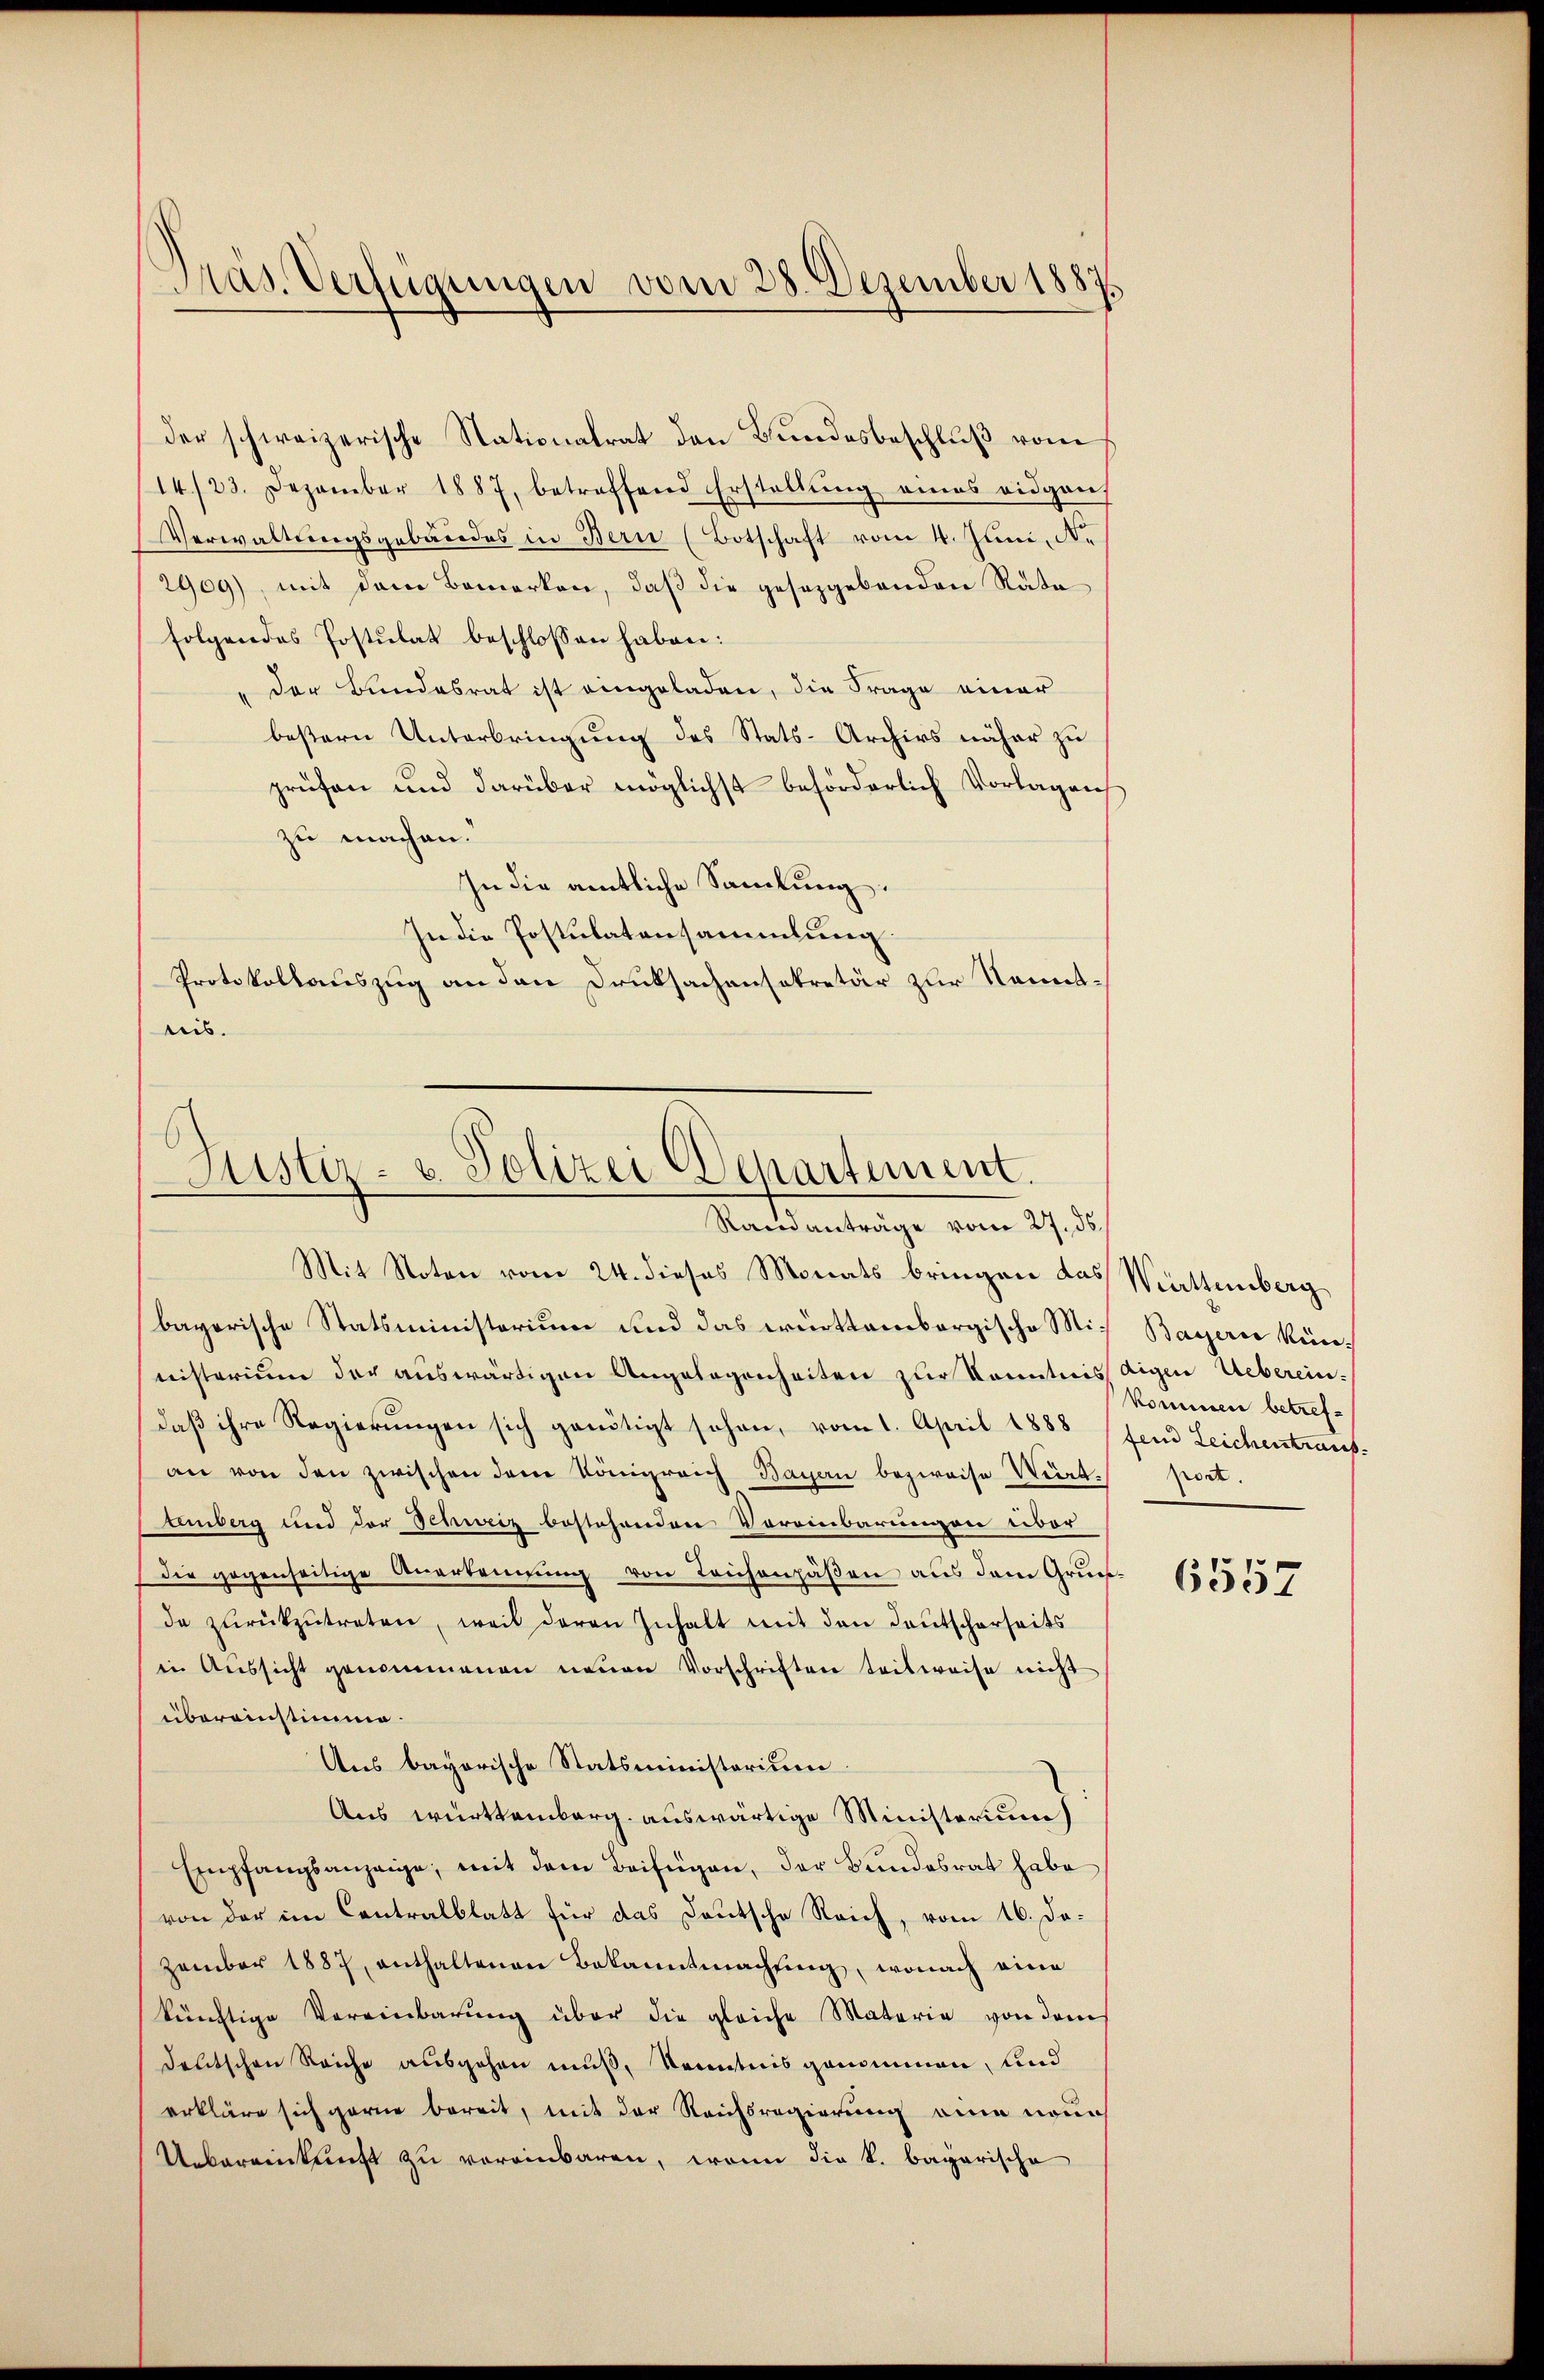
Präs. Verfügungen vom 28. Dezember 1887

der schweizerische Nationalrat den Bundesbeschluß vom
14/23. Dezember 1887, betreffend Erstellŭng eines eidgen.
Verwaltungsgebäudes in Bern (Botschaft vom 4. Juni, N.
2909), mit dem Bemerken, daß die gesezgebenden Rata
folgendes Postulat beschlossen haben:
der Bundesrat ist eingeladen, die Frage einer
bestern Unterbringung des Stats-Archivs näher zu
prüfen und darüber möglichst behörderlich Vorlagens
zu machen.
In die amtliche Sammlung.
In die Postulatensammlung.
Protokollauszug an den Drucksachensekretär zur Kenntnis.

Justiz- u. Polizei Departement.
Randanträge vom 27. ds.

Mit Noten vom 24. dieses Monats bringen das Wattenberg
bayerische Statsministorium und das württembergische Mi¬ Bayerne künnisterium der auswärtigen Angelegenheiten zur Kenntnis digen Uebereindaß ihre Regierungen sich genötigt sehen, vom 1. April 1888 fend Leichentraut-
an von den zwischen dem Königreich Bayern bezweise Wert port.
temberg und der Schweiz bestehenden Voreinbarungen über
Die gegenseitige Anerkennung von Teichenpäßen aus dem Grunda zurückzŭtreten, weil deren Inhalt mit den Deutscherseits
in Aussicht genommenen neuen Vorschriften teilweise nicht
übereinstimme.
Ans bayorische Statsministerium
Aus württemberg auswärtige Ministerium)
Empfangsanzeige, mit dem Beifügen, der Bundesrat habe
von der im Contralblatt für das Deutsche Reich, vom 16. Dazember 1887, enthaltenen Bekanntmachŭng, wonach eine
künftige Vereinbarung über die gleiche Materie von dem
deutschen Reiche ausgehen muß, Kenntnis genommen, und
erkläre sich gerne bereit, mit der Reichsregierung eine neun
Uebereinkunft zu vereinbaren, wenn die k. bayerische

kommen betref¬

6557